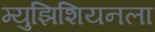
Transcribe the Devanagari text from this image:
म्युझिशियनला